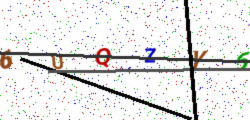
Text: 6UQZY6